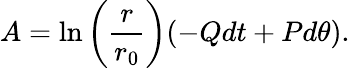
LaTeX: A=\ln\left(\frac{r}{r_{0}}\right)(-Qdt+Pd\theta).